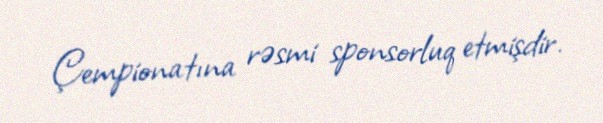
Çempionatına rəsmi sponsorluq etmişdir.